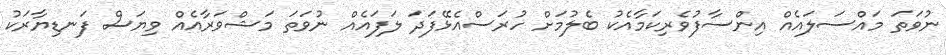
ނުވަތަ މައްސަލައެއް އިންސާފުވެރިކަމާއެކު ބެލުމަށް ހުރަސްއެޅޭފަދަ ލަފައެއް ނުވަތަ މަޝްވަރާއެއް ވިޔަސް ފަނޑިޔާރަކު